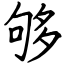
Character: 够